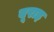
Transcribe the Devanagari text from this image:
यूराइ